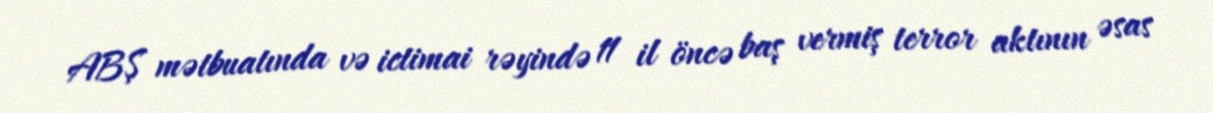
ABŞ mətbuatında və ictimai rəyində 11 il öncə baş vermiş terror aktının əsas